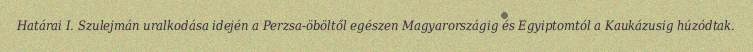
Határai I. Szulejmán uralkodása idején a Perzsa-öböltől egészen Magyarországig és Egyiptomtól a Kaukázusig húzódtak.